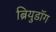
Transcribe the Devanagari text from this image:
ब्रियुडॉग